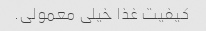
کیفیت غذا خیلی معمولی.